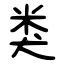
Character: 类